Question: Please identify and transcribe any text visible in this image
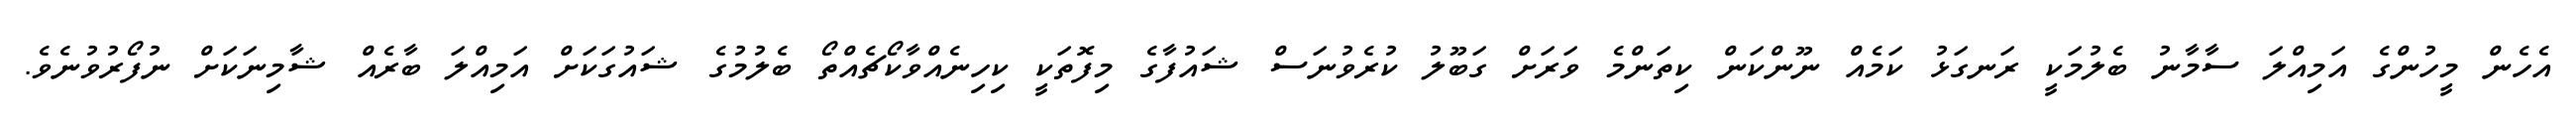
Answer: އެހެން މީހުންގެ އަމިއްލަ ސާމާނު ބެލުމަކީ ރަނގަޅު ކަމެއް ނޫންކަން ކިތަންމެ ވަރަށް ގަބޫލު ކުރެވުނަސް ޝައުފާގެ މިފޮތަކީ ކިހިނެއްވާކޯޗެއްތޯ ބެލުމުގެ ޝައުގަކަށް އަމިއްލަ ބާރެއް ޝާމިނަކަށް ނުފޯރުވުނެވެ.